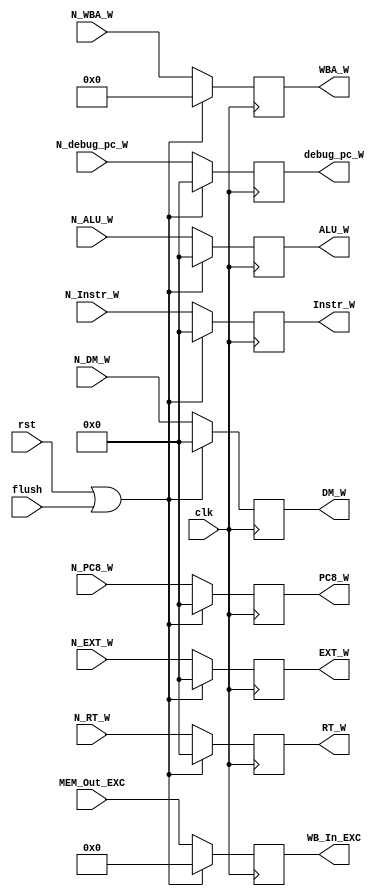
module MW(
	input clk,
	input rst,
	input flush,
	input [31:0] N_Instr_W,
	input [31:0] N_ALU_W,
	input [31:0] N_DM_W,
	input [31:0] N_EXT_W,
	input [31:0] N_PC8_W,
	input [4:0] N_WBA_W,
	input [31:0] N_debug_pc_W,
	input [8:0] MEM_Out_EXC,
	input [31:0] N_RT_W,
	output reg [31:0] Instr_W = 0,
	output reg [31:0] ALU_W = 0,
	output reg [31:0] DM_W = 0,
	output reg [31:0] EXT_W = 0,
	output reg [31:0] PC8_W = 0,
	output reg [4:0] WBA_W = 0,
	output reg [31:0] debug_pc_W,
	output reg [8:0] WB_In_EXC,
	output reg [31:0] RT_W
);

always @(posedge clk) begin
	if (rst || flush) begin
		Instr_W <= 0;
		ALU_W <= 0;
		DM_W <= 0;
		EXT_W <= 0;
		PC8_W <= 0;
		WBA_W <= 0;
		debug_pc_W <= 0;
		WB_In_EXC <= 0;
		RT_W <= 0;
	end
	else begin
		Instr_W = N_Instr_W;
		ALU_W = N_ALU_W;
		DM_W = N_DM_W;
		EXT_W = N_EXT_W;
		PC8_W = N_PC8_W;
		WBA_W = N_WBA_W;
		debug_pc_W <= N_debug_pc_W;
		WB_In_EXC <= MEM_Out_EXC;
		RT_W <= N_RT_W;
	end
end
endmodule